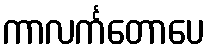
ကာလင်္ကတောပေ